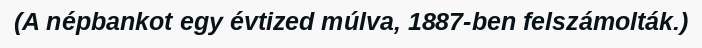
(A népbankot egy évtized múlva, 1887-ben felszámolták.)